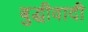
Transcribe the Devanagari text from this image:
बुद्धीवादी